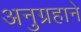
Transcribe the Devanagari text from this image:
अनुग्रहाने